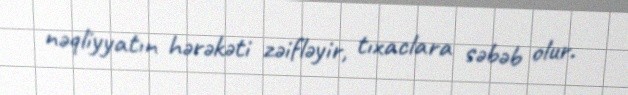
nəqliyyatın hərəkəti zəifləyir, tıxaclara səbəb olur.